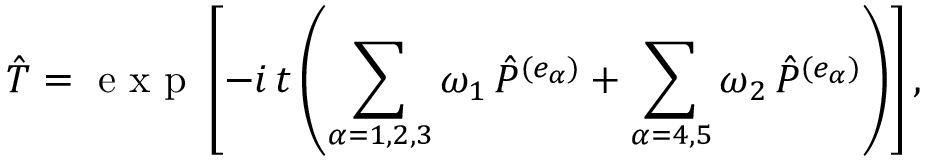
{ \hat { T } } = \mathrm { ~ e ~ x ~ p ~ } \left[ - i \, t \left( \sum _ { \alpha = 1 , 2 , 3 } { \omega _ { 1 } } \, { \hat { P } } ^ { ( e _ { \alpha } ) } + \sum _ { \alpha = 4 , 5 } { \omega _ { 2 } } \, { \hat { P } } ^ { ( e _ { \alpha } ) } \right) \right] ,